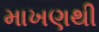
માખણથી